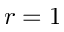
r = 1